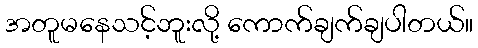
အတူမနေသင့်ဘူးလို့ ကောက်ချက်ချပါတယ်။